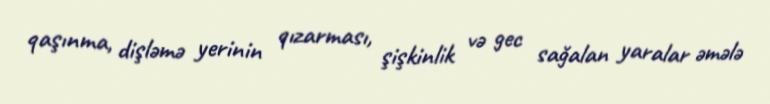
qaşınma, dişləmə yerinin qızarması, şişkinlik və gec sağalan yaralar əmələ